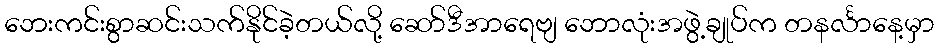
ဘေးကင်းစွာဆင်းသက်နိုင်ခဲ့တယ်လို့ ဆော်ဒီအာရေဗျ ဘောလုံးအဖွဲ့ချုပ်က တနင်္လာနေ့မှာ